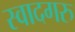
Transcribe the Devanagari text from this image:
स्वादगरु